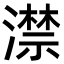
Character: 澿